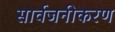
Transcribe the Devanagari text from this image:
सार्वजनीकरण